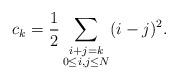
LaTeX: \begin{align*}c_k= \frac12 \sum_{\substack{i + j = k \\ 0 \leq i, j \leq N}} (i-j)^2 .\end{align*}